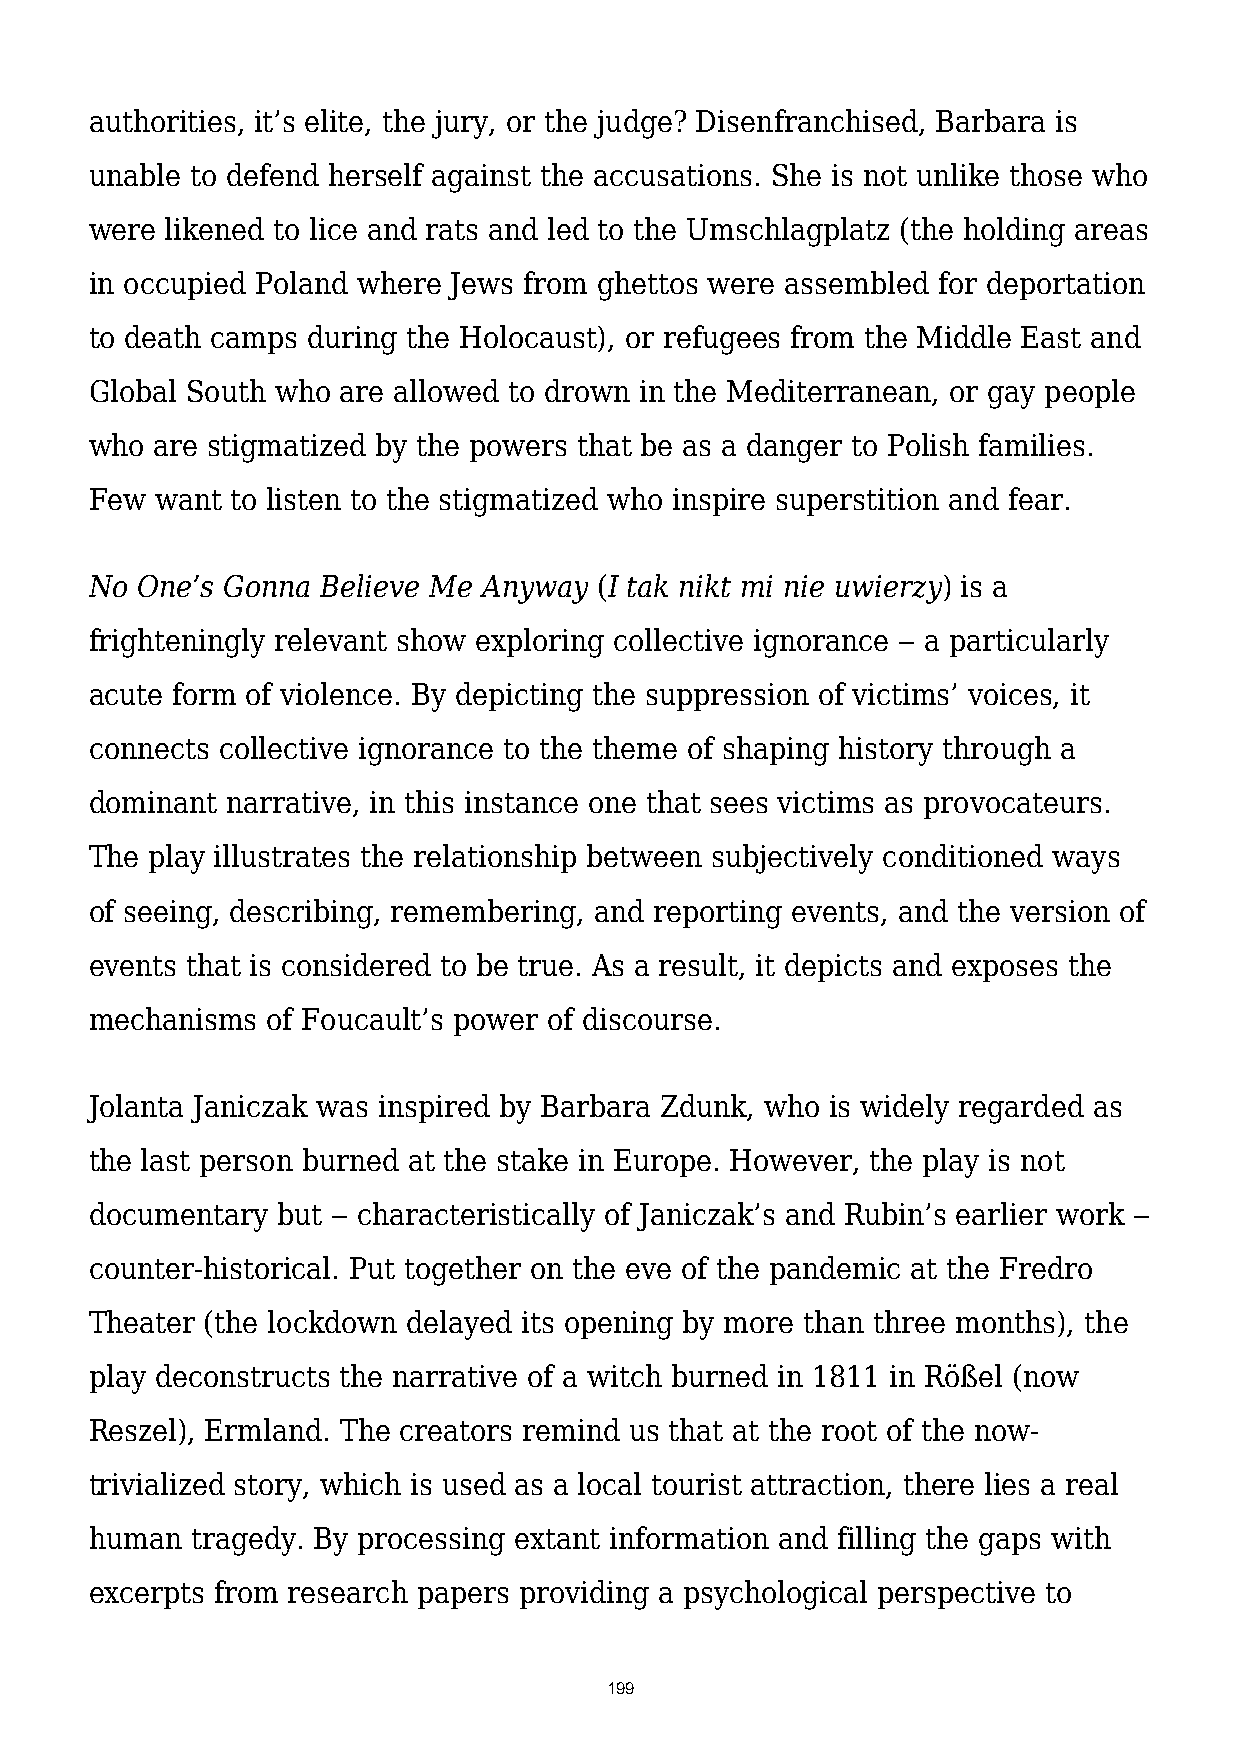
authorities, it’s elite, the jury, or the judge? Disenfranchised, Barbara is
 unable to defend herself against the accusations. She is not unlike those who
 were likened to lice and rats and led to the Umschlagplatz (the holding areas
 in occupied Poland where Jews from ghettos were assembled for deportation
 to death camps during the Holocaust), or refugees from the Middle East and
 Global South who are allowed to drown in the Mediterranean, or gay people
 who are stigmatized by the powers that be as a danger to Polish families.
 Few want to listen to the stigmatized who inspire superstition and fear.
 No One’s Gonna Believe Me Anyway  (I tak nikt mi nie uwierzy) is a
 frighteningly relevant show exploring collective ignorance ‒ a particularly
 acute form of violence. By depicting the suppression of victims’ voices, it
 connects collective ignorance to the theme of shaping history through a
 dominant narrative, in this instance one that sees victims as provocateurs.
 The play illustrates the relationship between subjectively conditioned ways
 of seeing, describing, remembering, and reporting events, and the version of
 events that is considered to be true. As a result, it depicts and exposes the
 mechanisms  of Foucault’s power of discourse.
 Jolanta Janiczak was inspired by Barbara Zdunk, who is widely regarded as
 the last person burned at the stake in Europe. However, the play is not
 documentary but ‒ characteristically of Janiczak’s and Rubin’s earlier work ‒
 counter-historical. Put together on the eve of the pandemic at the Fredro
 Theater (the lockdown delayed its opening by more than three months), the
 play deconstructs the narrative of a witch burned in 1811 in Rößel (now
 Reszel), Ermland. The creators remind us that at the root of the now-
 trivialized story, which is used as a local tourist attraction, there lies a real
 human  tragedy. By processing extant information and filling the gaps with
 excerpts from research papers providing a psychological perspective to
 199